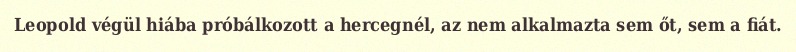
Leopold végül hiába próbálkozott a hercegnél, az nem alkalmazta sem őt, sem a fiát.